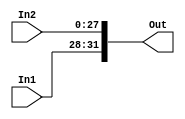
module Concat(input [3:0]In1,
            input [27:0]In2,
            output [31:0]Out);
    assign Out = {In1, In2};
endmodule